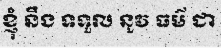
ខ្ញុំ នឹង ទទួល នូវ ធម៌ ជា